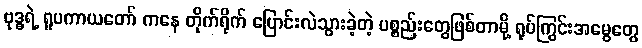
ဗုဒ္ဓရဲ့ ရူပကာယတော် ကနေ တိုက်ရိုက် ပြောင်းလဲသွားခဲ့တဲ့ ပစ္စည်းတွေဖြစ်တာမို့ ရုပ်ကြွင်းအမွေတွေ